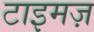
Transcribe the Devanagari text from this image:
टाइमज़